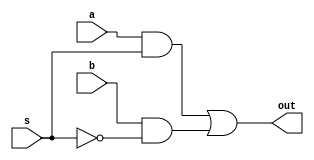
//2-1 mux that takes selects a when s = 1 and b when s = 0
module TwoToOneMux(a, b, s, out);
    input a;
    input b;
    input s;
    output out;
    assign out = (a & s) | (b & ~s);
endmodule